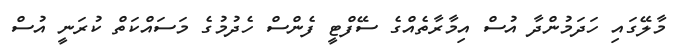
މާލޭގައި ހަދަމުންދާ އުސް އިމާރާތެއްގެ ސޭފްޓީ ފެންސް ހެދުމުގެ މަސައްކަތް ކުރަނީ އުސް